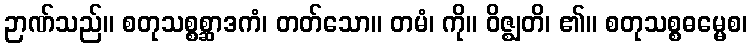
ဉာဏ်သည်။ စတုသစ္စစ္ဆာဒကံ၊ တတ်သော။ တမံ၊ ကို။ ဝိဇ္ဈတိ၊ ၏။ စတုသစ္စဓမ္မေစ၊